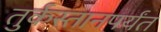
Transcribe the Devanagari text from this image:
तुर्कस्तानपर्यंत